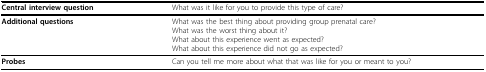
| Central interview question | What was it like for you to provide this type of care? |
 | --- | --- |
 | Additional questions | What was the best thing about providing group prenatal care?What was the worst thing about it?What about this experience went as expected?What about this experience did not go as expected? |
 | Probes | Can you tell me more about what that was like for you or meant to you? |